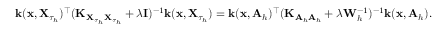
\mathbf { k } ( \mathbf { x } , \mathbf { X } _ { \tau _ { h } } ) ^ { \top } ( \mathbf { K } _ { \mathbf { X } _ { \tau _ { h } } \mathbf { X } _ { \tau _ { h } } } + \lambda \mathbf { I } ) ^ { - 1 } \mathbf { k } ( \mathbf { x } , \mathbf { X } _ { \tau _ { h } } ) = \mathbf { k } ( \mathbf { x } , \mathbf { A } _ { h } ) ^ { \top } ( \mathbf { K } _ { \mathbf { A } _ { h } \mathbf { A } _ { h } } + \lambda \mathbf { W } _ { h } ^ { - 1 } ) ^ { - 1 } \mathbf { k } ( \mathbf { x } , \mathbf { A } _ { h } ) .